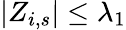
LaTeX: |Z_{i,s}|\leq\lambda_{1}